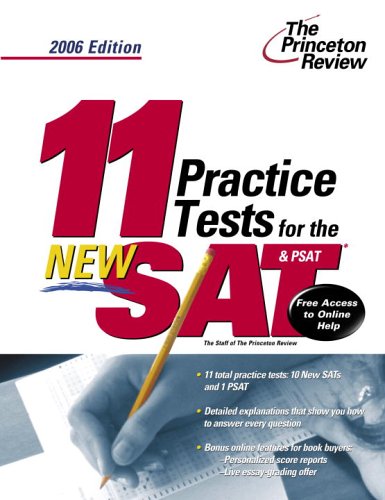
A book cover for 11 Practice Tests for the New SAT and PSAT, 2006 Edition (College Test Prep); Princeton Review; Test Preparation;